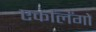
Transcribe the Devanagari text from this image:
एकलिंगों